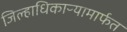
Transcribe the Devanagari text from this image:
जिल्हाधिकाऱ्यामार्फत